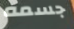
جسمه